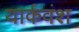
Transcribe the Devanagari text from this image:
यार्कवंश